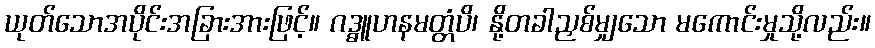
ယုတ်သောအပိုင်းအခြားအားဖြင့်။ ဂဒ္ဓူဟနမတ္တံပိ၊ နို့တခါညှစ်မျှသော မကောင်းမှုသို့လည်း။